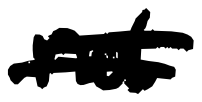
Text: not
Cross-out: mix
Writing tool: digital_black